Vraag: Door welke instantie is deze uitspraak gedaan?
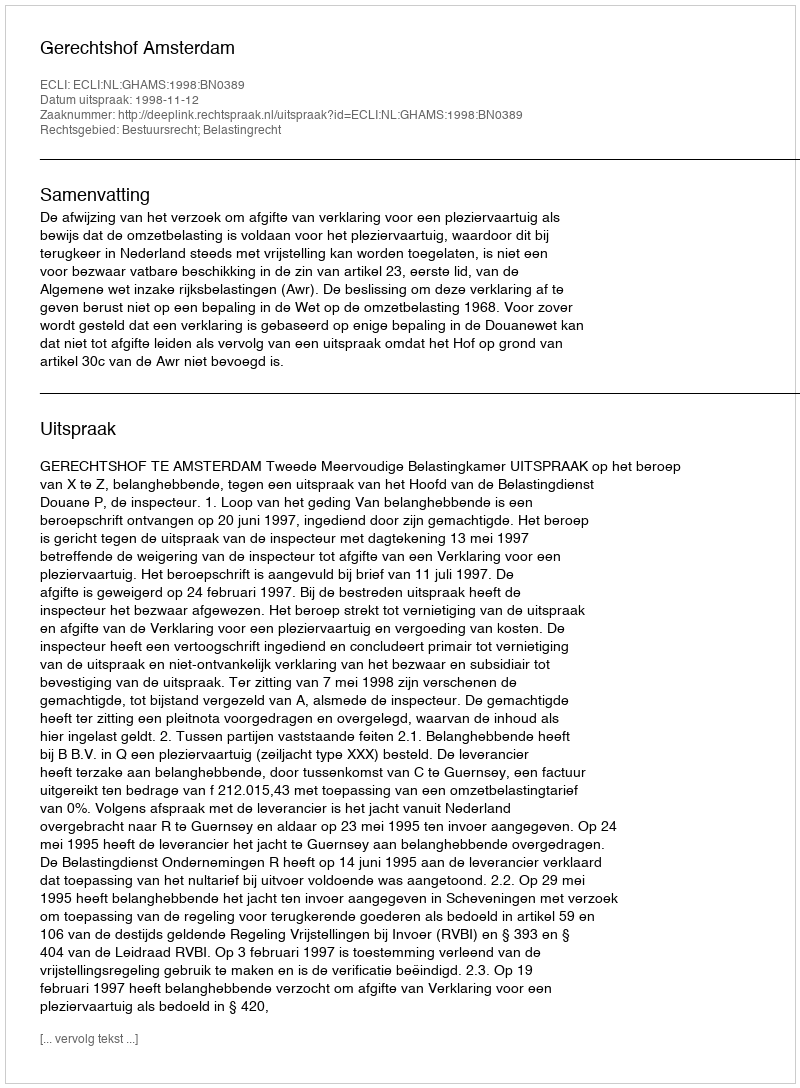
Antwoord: Gerechtshof Amsterdam